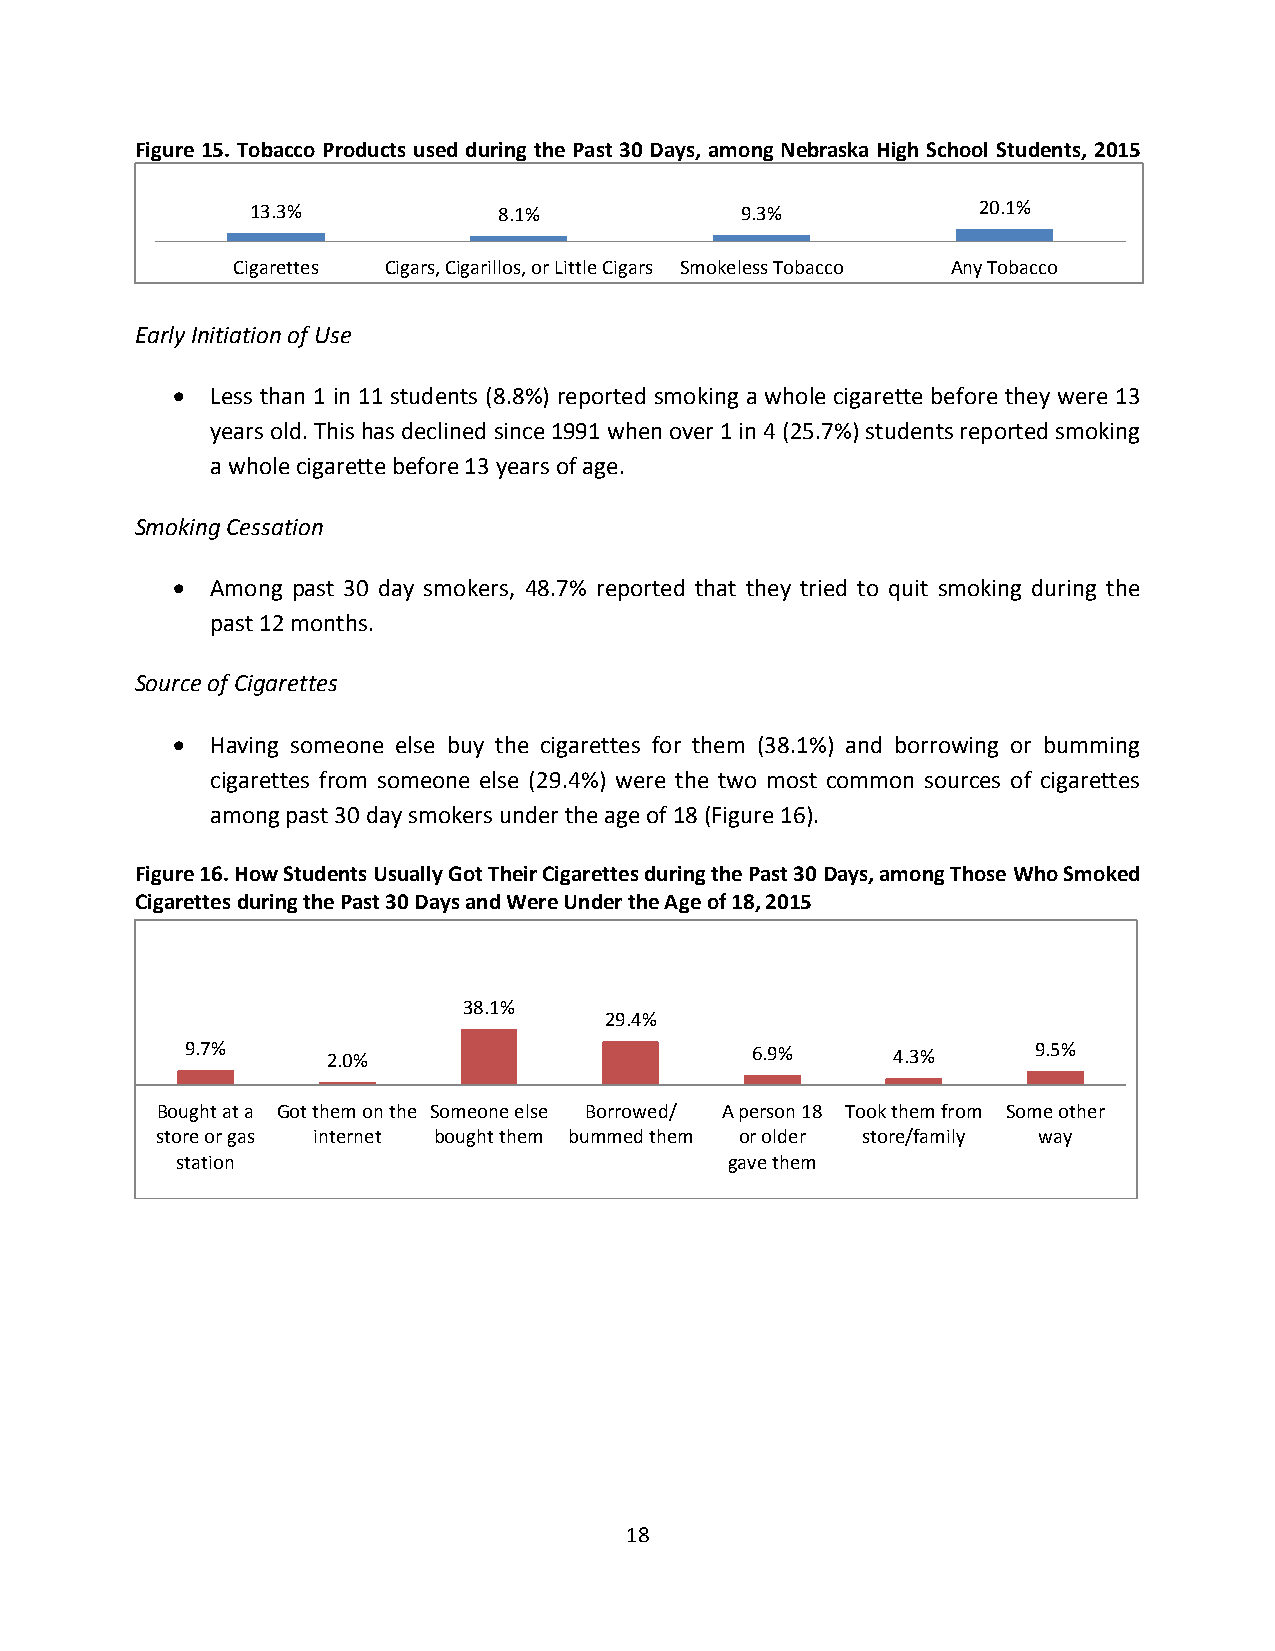
Figure 15. Tobacco Products used during the Past 30 Days, among Nebraska High School Students, 2015
 13.3%           8.1%            9.3%            20.1%
 Cigarettes Cigars, Cigarillos, or Little Cigars Smokeless Tobacco Any Tobacco
 Early Initiation of Use
   Less than 1 in 11 students (8.8%) reported smoking a whole cigarette before they were 13
 years old. This has declined since 1991 when over 1 in 4 (25.7%) students reported smoking
 a whole cigarette before 13 years of age.
 Smoking Cessation
   Among past 30 day smokers, 48.7% reported that they tried to quit smoking during the
 past 12 months.
 Source of Cigarettes
   Having someone else buy the cigarettes for them (38.1%) and borrowing or bumming
 cigarettes from someone else (29.4%) were the two most common sources of cigarettes
 among past 30 day smokers under the age of 18 (Figure 16).
 Figure 16. How Students Usually Got Their Cigarettes during the Past 30 Days, among Those Who Smoked
 Cigarettes during the Past 30 Days and Were Under the Age of 18, 2015
 38.1%
 29.4%
 9.7%      2.0%                        6.9%     4.3%      9.5%
 Bought at a Got them on the Someone else Borrowed/ A person 18 Took them from Some other
 store or gas internet bought them bummed them or older store/family way
 station                             gave them
 18